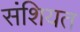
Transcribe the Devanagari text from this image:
संशियत